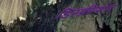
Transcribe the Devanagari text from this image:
डिस्क्रीप्शन